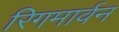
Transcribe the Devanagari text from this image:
रिगमार्वन